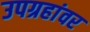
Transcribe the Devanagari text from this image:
उपग्रहांवर